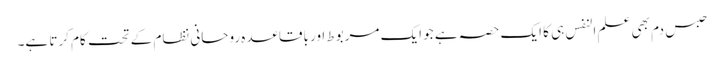
حبس دم بھی علم النفس ہی کا ایک حصہ ہے جو ایک مربوط اور باقاعدہ روحانی نظام کے تحت کام کرتا ہے۔